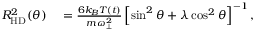
\begin{array} { r l } { R _ { \mathrm { H D } } ^ { 2 } ( \theta ) } & { { } = \frac { 6 k _ { B } T ( t ) } { m \omega _ { \perp } ^ { 2 } } \left[ \sin ^ { 2 } \theta + \lambda \cos ^ { 2 } \theta \right] ^ { - 1 } , } \end{array}